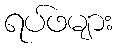
ရပ်ဖများ